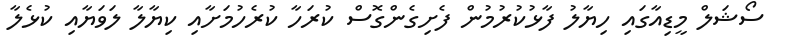
ސޯޝަލް މީޑިއާގައި ހިޔާލު ފާޅުކުރުމުން ފެށިގެންގޮސް ކުރަހާ ކުރެހުމަށާއި ކިޔާލާ ލަވަޔާއި ކުޅެލާ